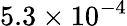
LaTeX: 5.3\times 10^{-4}